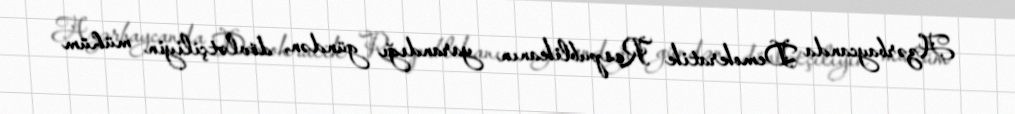
Azərbaycanda Demokratik Respublikanın yarandığı gündən, dövlətçiliyin mühüm